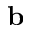
\mathbf { b }